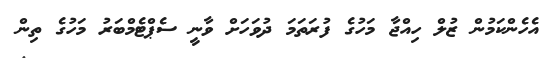
އެހެންކަމުން ޒުލް ހިއްޖާ މަހުގެ ފުރަތަމަ ދުވަހަށް ވާނީ ސެޕްޓެމްބަރު މަހުގެ ތިން